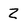
Character: z